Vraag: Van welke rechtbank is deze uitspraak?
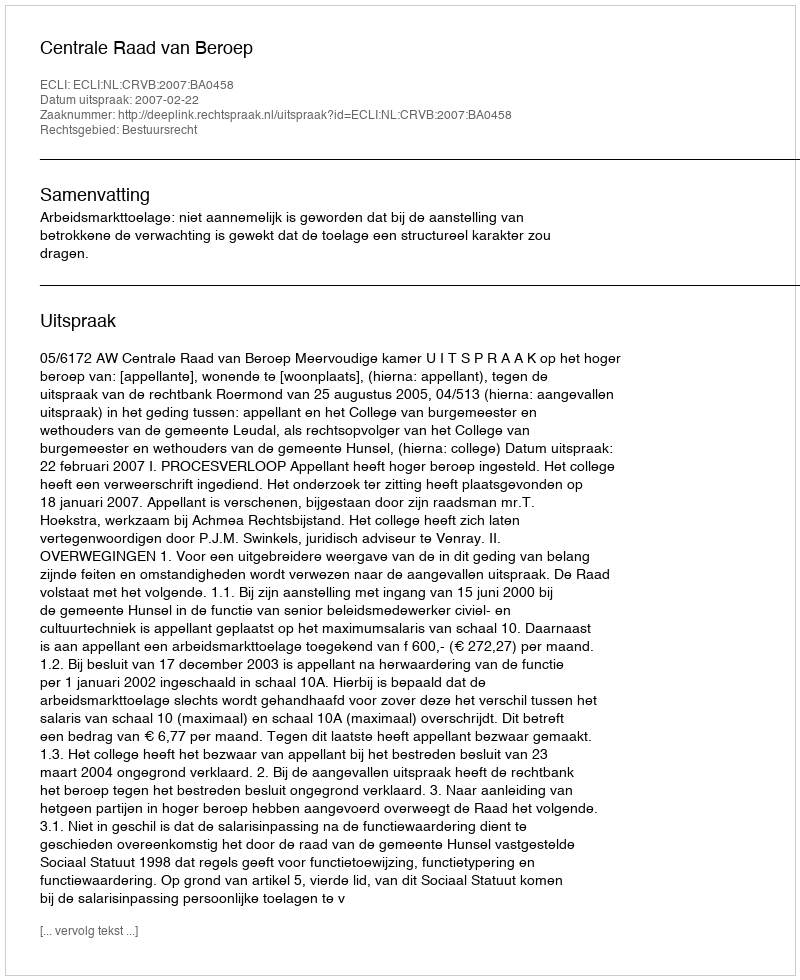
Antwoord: Centrale Raad van Beroep